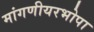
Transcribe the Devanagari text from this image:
मांगणीयरभोपा